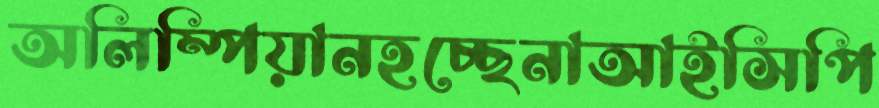
অলিম্পিয়ানহচ্ছেনাআইসিপি